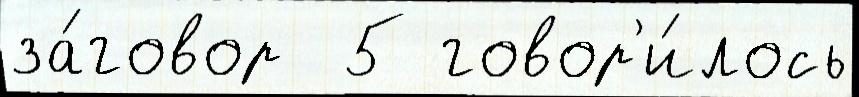
за́говор  5 говор'и́лось